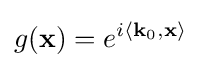
g(\mathbf {x} )=e^{i\left\langle \mathbf {k} _{0},\mathbf {x} \right\rangle }